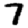
Digit: 7